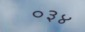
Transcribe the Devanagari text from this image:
०३४